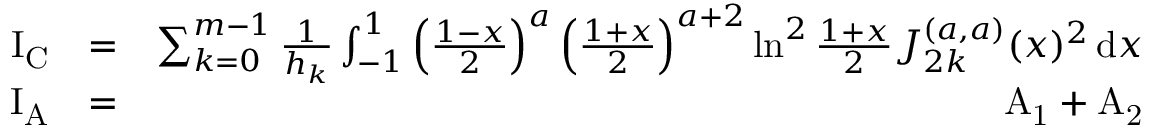
\begin{array} { r l r } { \mathrm { I _ { C } } } & { = } & { \sum _ { k = 0 } ^ { m - 1 } \frac { 1 } { h _ { k } } \int _ { - 1 } ^ { 1 } \left( \frac { 1 - x } { 2 } \right) ^ { a } \left( \frac { 1 + x } { 2 } \right) ^ { a + 2 } \ln ^ { 2 } \frac { 1 + x } { 2 } J _ { 2 k } ^ { ( a , a ) } ( x ) ^ { 2 } \, \mathrm { d } x } \\ { \mathrm { I _ { A } } } & { = } & { \mathrm { A _ { 1 } } + \mathrm { A _ { 2 } } } \end{array}